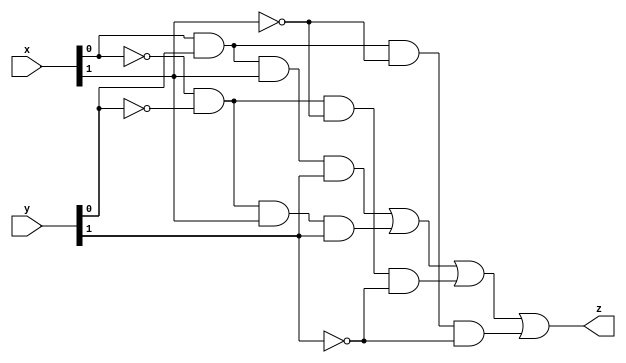
`timescale 1ns / 1ps
//////////////////////////////////////////////////////////////////////////////////
// Company: referencedesigner.com 
//////////////////////////////////////////////////////////////////////////////////
module comparator2bit(
    input [1:0] x,
    input [1:0] y,
    output z
    );
 
assign z = (x[0] & y[0] & x[1] & y[1]) | 
         (~x[0] & ~y[0] & x[1] & y[1]) |
			(~x[0] & ~y[0] & ~x[1] & ~y[1])|
			 (x[0] & y[0] & ~x[1] & ~y[1]);
endmodule